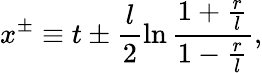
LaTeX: x^{\pm}\equiv t\pm\frac{l}{2}\ln\frac{1+\frac{r}{l}}{1-\frac{r}{l}},